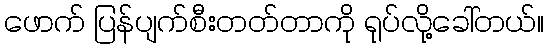
ဖောက် ပြန်ပျက်စီးတတ်တာကို ရုပ်လို့ခေါ်တယ်။